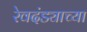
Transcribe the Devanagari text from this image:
रेवदंड्याच्या